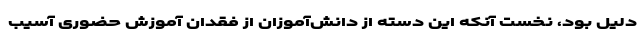
دلیل بود، نخست آنکه این دسته از دانش‌آموزان از فقدان آموزش حضوری آسیب